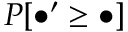
P [ \bullet ^ { \prime } \geq \bullet ]